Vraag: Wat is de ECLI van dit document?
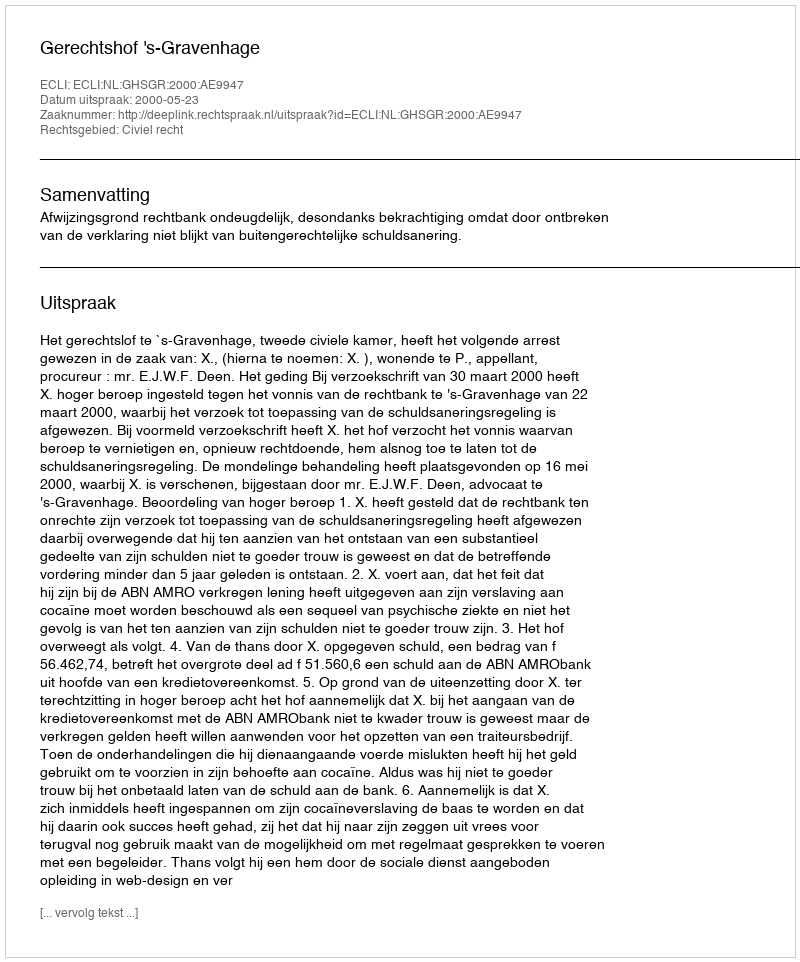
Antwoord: ECLI:NL:GHSGR:2000:AE9947